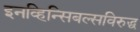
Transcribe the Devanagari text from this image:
इनव्हिन्सिबल्सविरुद्ध